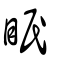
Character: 眠